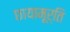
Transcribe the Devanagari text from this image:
छायामूर्ति